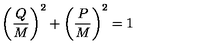
\left( { \frac { Q } { M } } \right) ^ { 2 } + \left( { \frac { P } { M } } \right) ^ { 2 } = 1